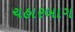
ચહારબાગ